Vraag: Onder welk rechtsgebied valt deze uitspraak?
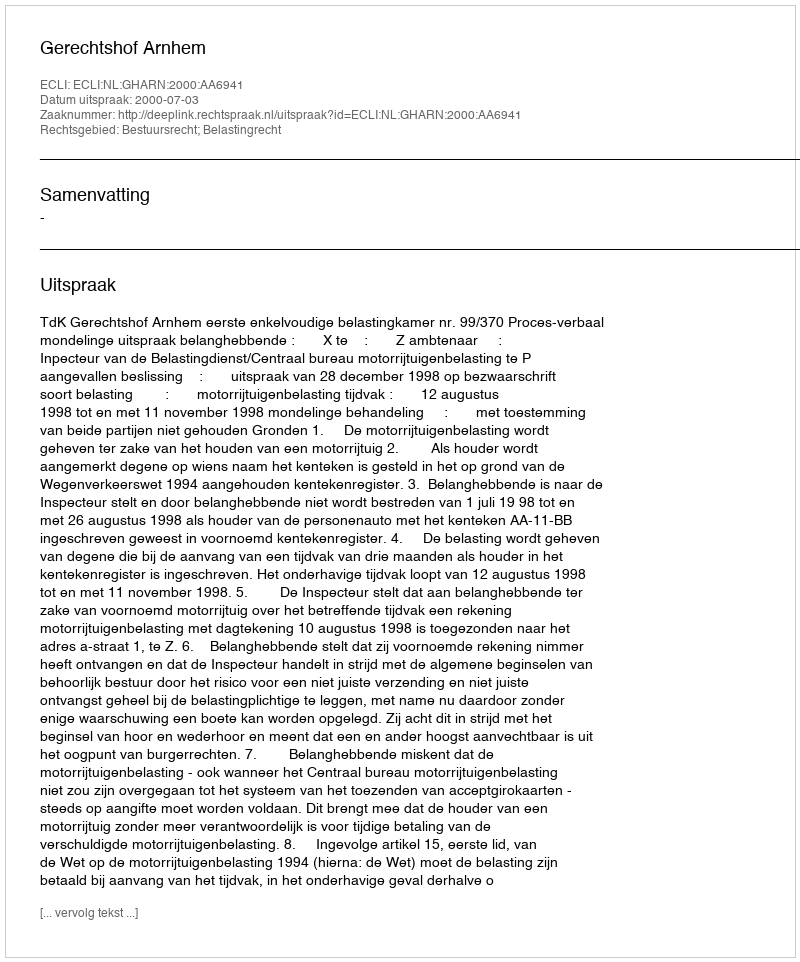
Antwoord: Bestuursrecht; Belastingrecht